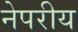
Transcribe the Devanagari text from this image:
नेपरीय